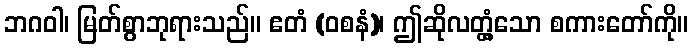
ဘဂဝါ၊ မြတ်စွာဘုရားသည်။ ဧတံ (ဝစနံ)၊ ဤဆိုလတ္တံ့သော စကားတော်ကို။